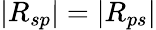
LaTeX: |R_{sp}|=|R_{ps}|